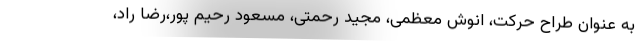
به عنوان طراح حرکت، انوش معظمی، مجید رحمتی، مسعود رحیم پور،رضا راد،